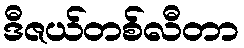
ဒီဇယ်တစ်လီတာ